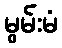
မွမ်းမံ